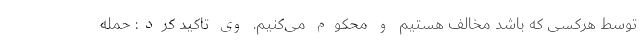
توسط هرکسی که باشد مخالف هستیم و محکوم می‌کنیم. وی تاکید کرد: حمله